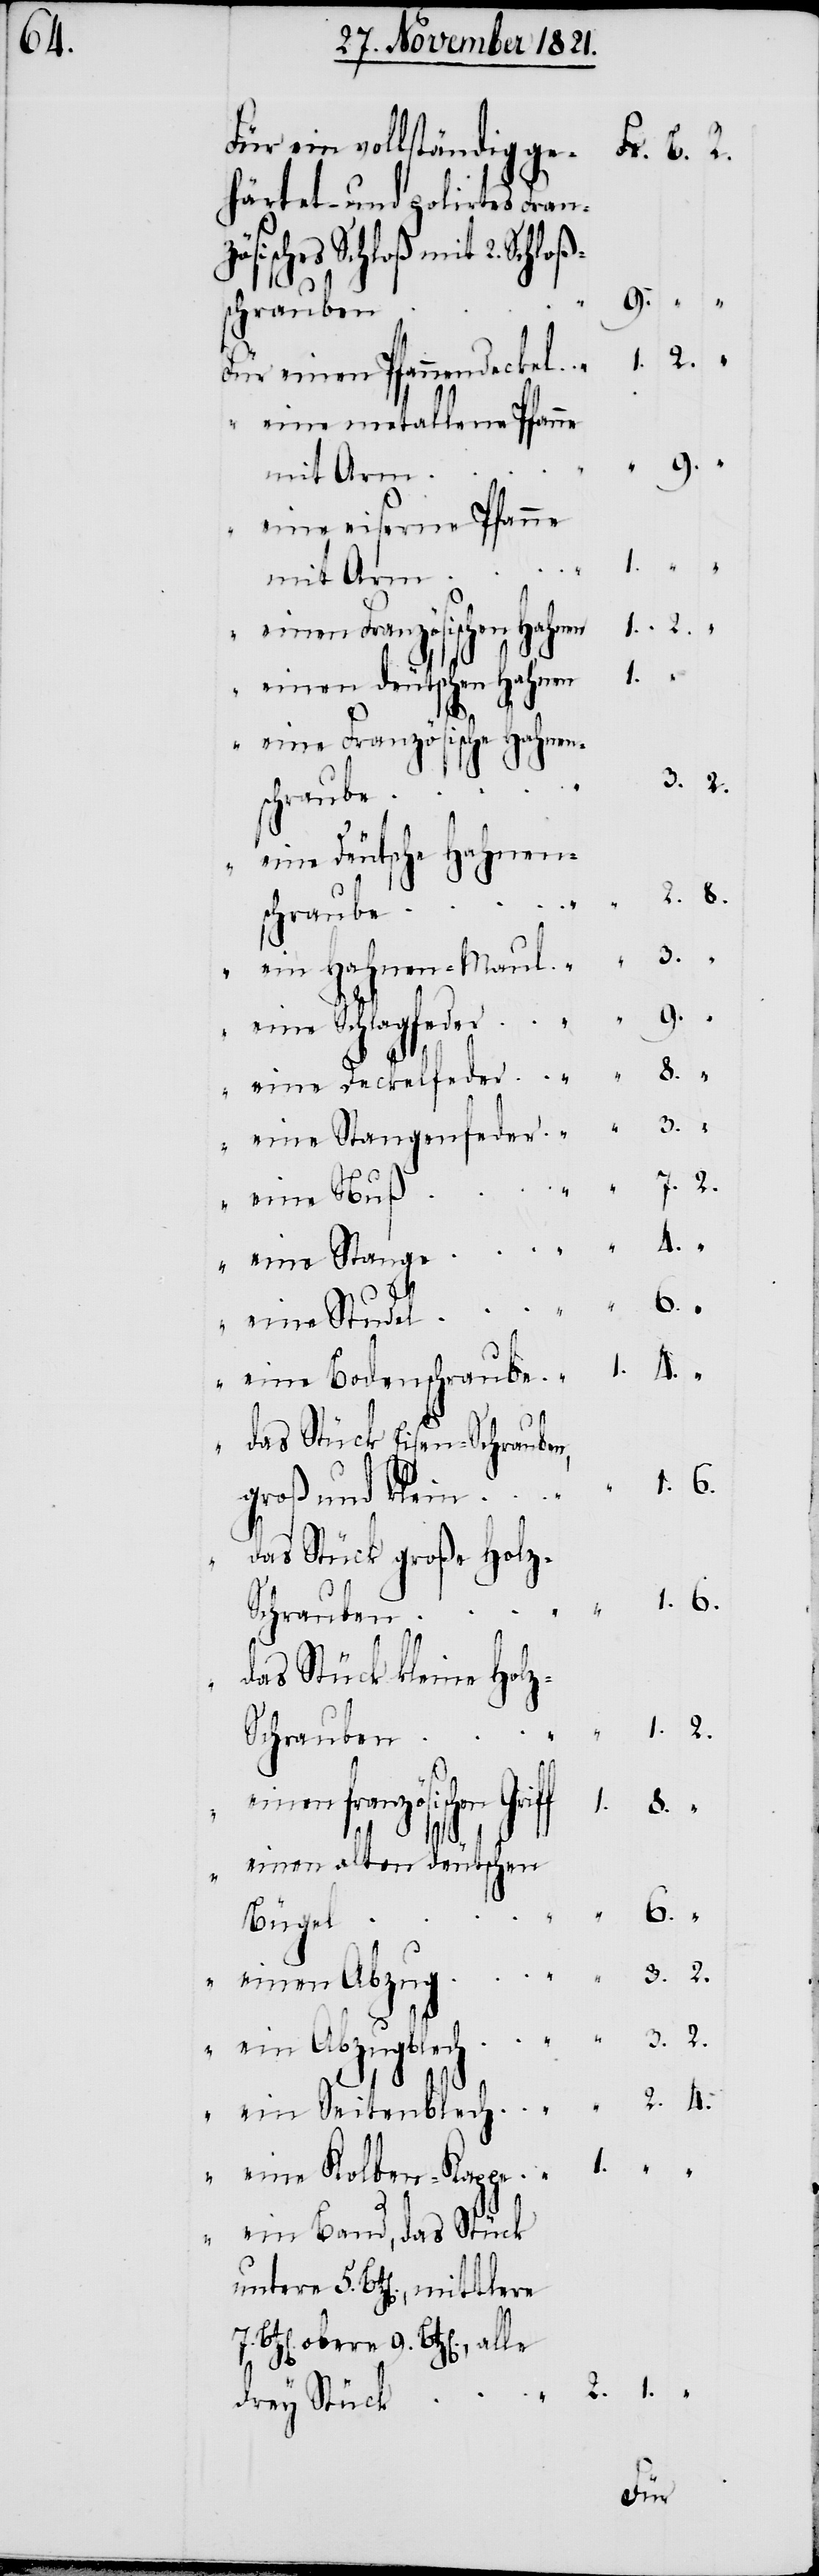
5.

Für ein vollständig ge¬
härtet- und polirtes Franz¬
ösisches Schloß mit 2. Schlo¬
schrauben
9.
Für einen Pfannendeckel
“ eine metallene Pfanne
mit Arm
eine eiserne Pfanne
mittlere 7.
“ einen französischen Griff
1.
“ einen deutschen Hahnen
4.
“ eine Französische Hahnen¬
ß¬
chrauben
eine deutsche Hahnen¬
schraube
ein Hahnen-Maul
eine Schlagfeder
eine Stangenfeder
2.
“ eine Bodenschraube
“ das Stück Eisen-Schrauben,
groß und klein
das Stück große Holz-S¬
das Stück kleine Hol¬
einen alten deutschen
Bügel
“ eine Kolben-Kappe
“ ein Band, das Stück
drey Stück